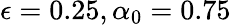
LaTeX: \epsilon=0.25,\alpha_{0}=0.75